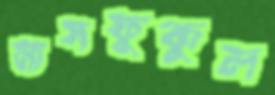
মাসফুকুল